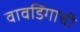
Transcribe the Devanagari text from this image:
वावडिंगाची